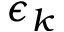
\epsilon _ { k }